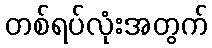
တစ်ရပ်လုံးအတွက်